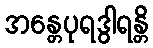
အန္တေပုရဒွါရန္တိ